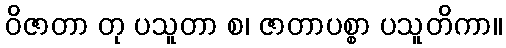
ဝိဇာတာ တု ပသူတာ စ၊ ဇာတာပစ္စာ ပသူတိကာ။